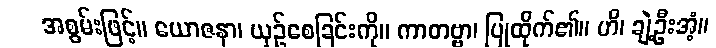
အစွမ်းဖြင့်။ ယောဇနာ၊ ယှဉ်စေခြင်းကို။ ကာတဗ္ဗာ၊ ပြုထိုက်၏။ ဟိ၊ ချဲ့ဦးအံ့။